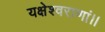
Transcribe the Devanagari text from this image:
यक्षेश्वराणां।।